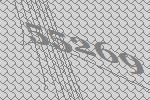
55269